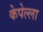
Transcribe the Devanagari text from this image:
केपेल्ला